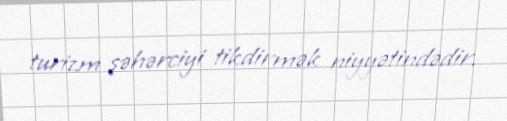
turizm şəhərciyi tikdirmək niyyətindədir.